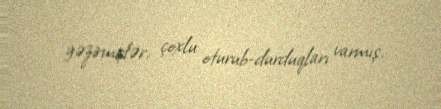
gəzirmişlər, çoxlu oturub-durduqları varmış.